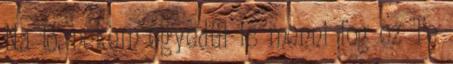
Na jó, nekem egyedül is menni fog ez Te